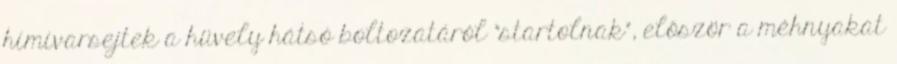
hímivarsejtek a hüvely hátsó boltozatáról "startolnak", először a méhnyakat